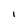
Character: l